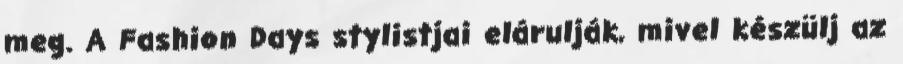
meg. A Fashion Days stylistjai elárulják, mivel készülj az